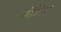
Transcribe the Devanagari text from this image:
सेतिरिया